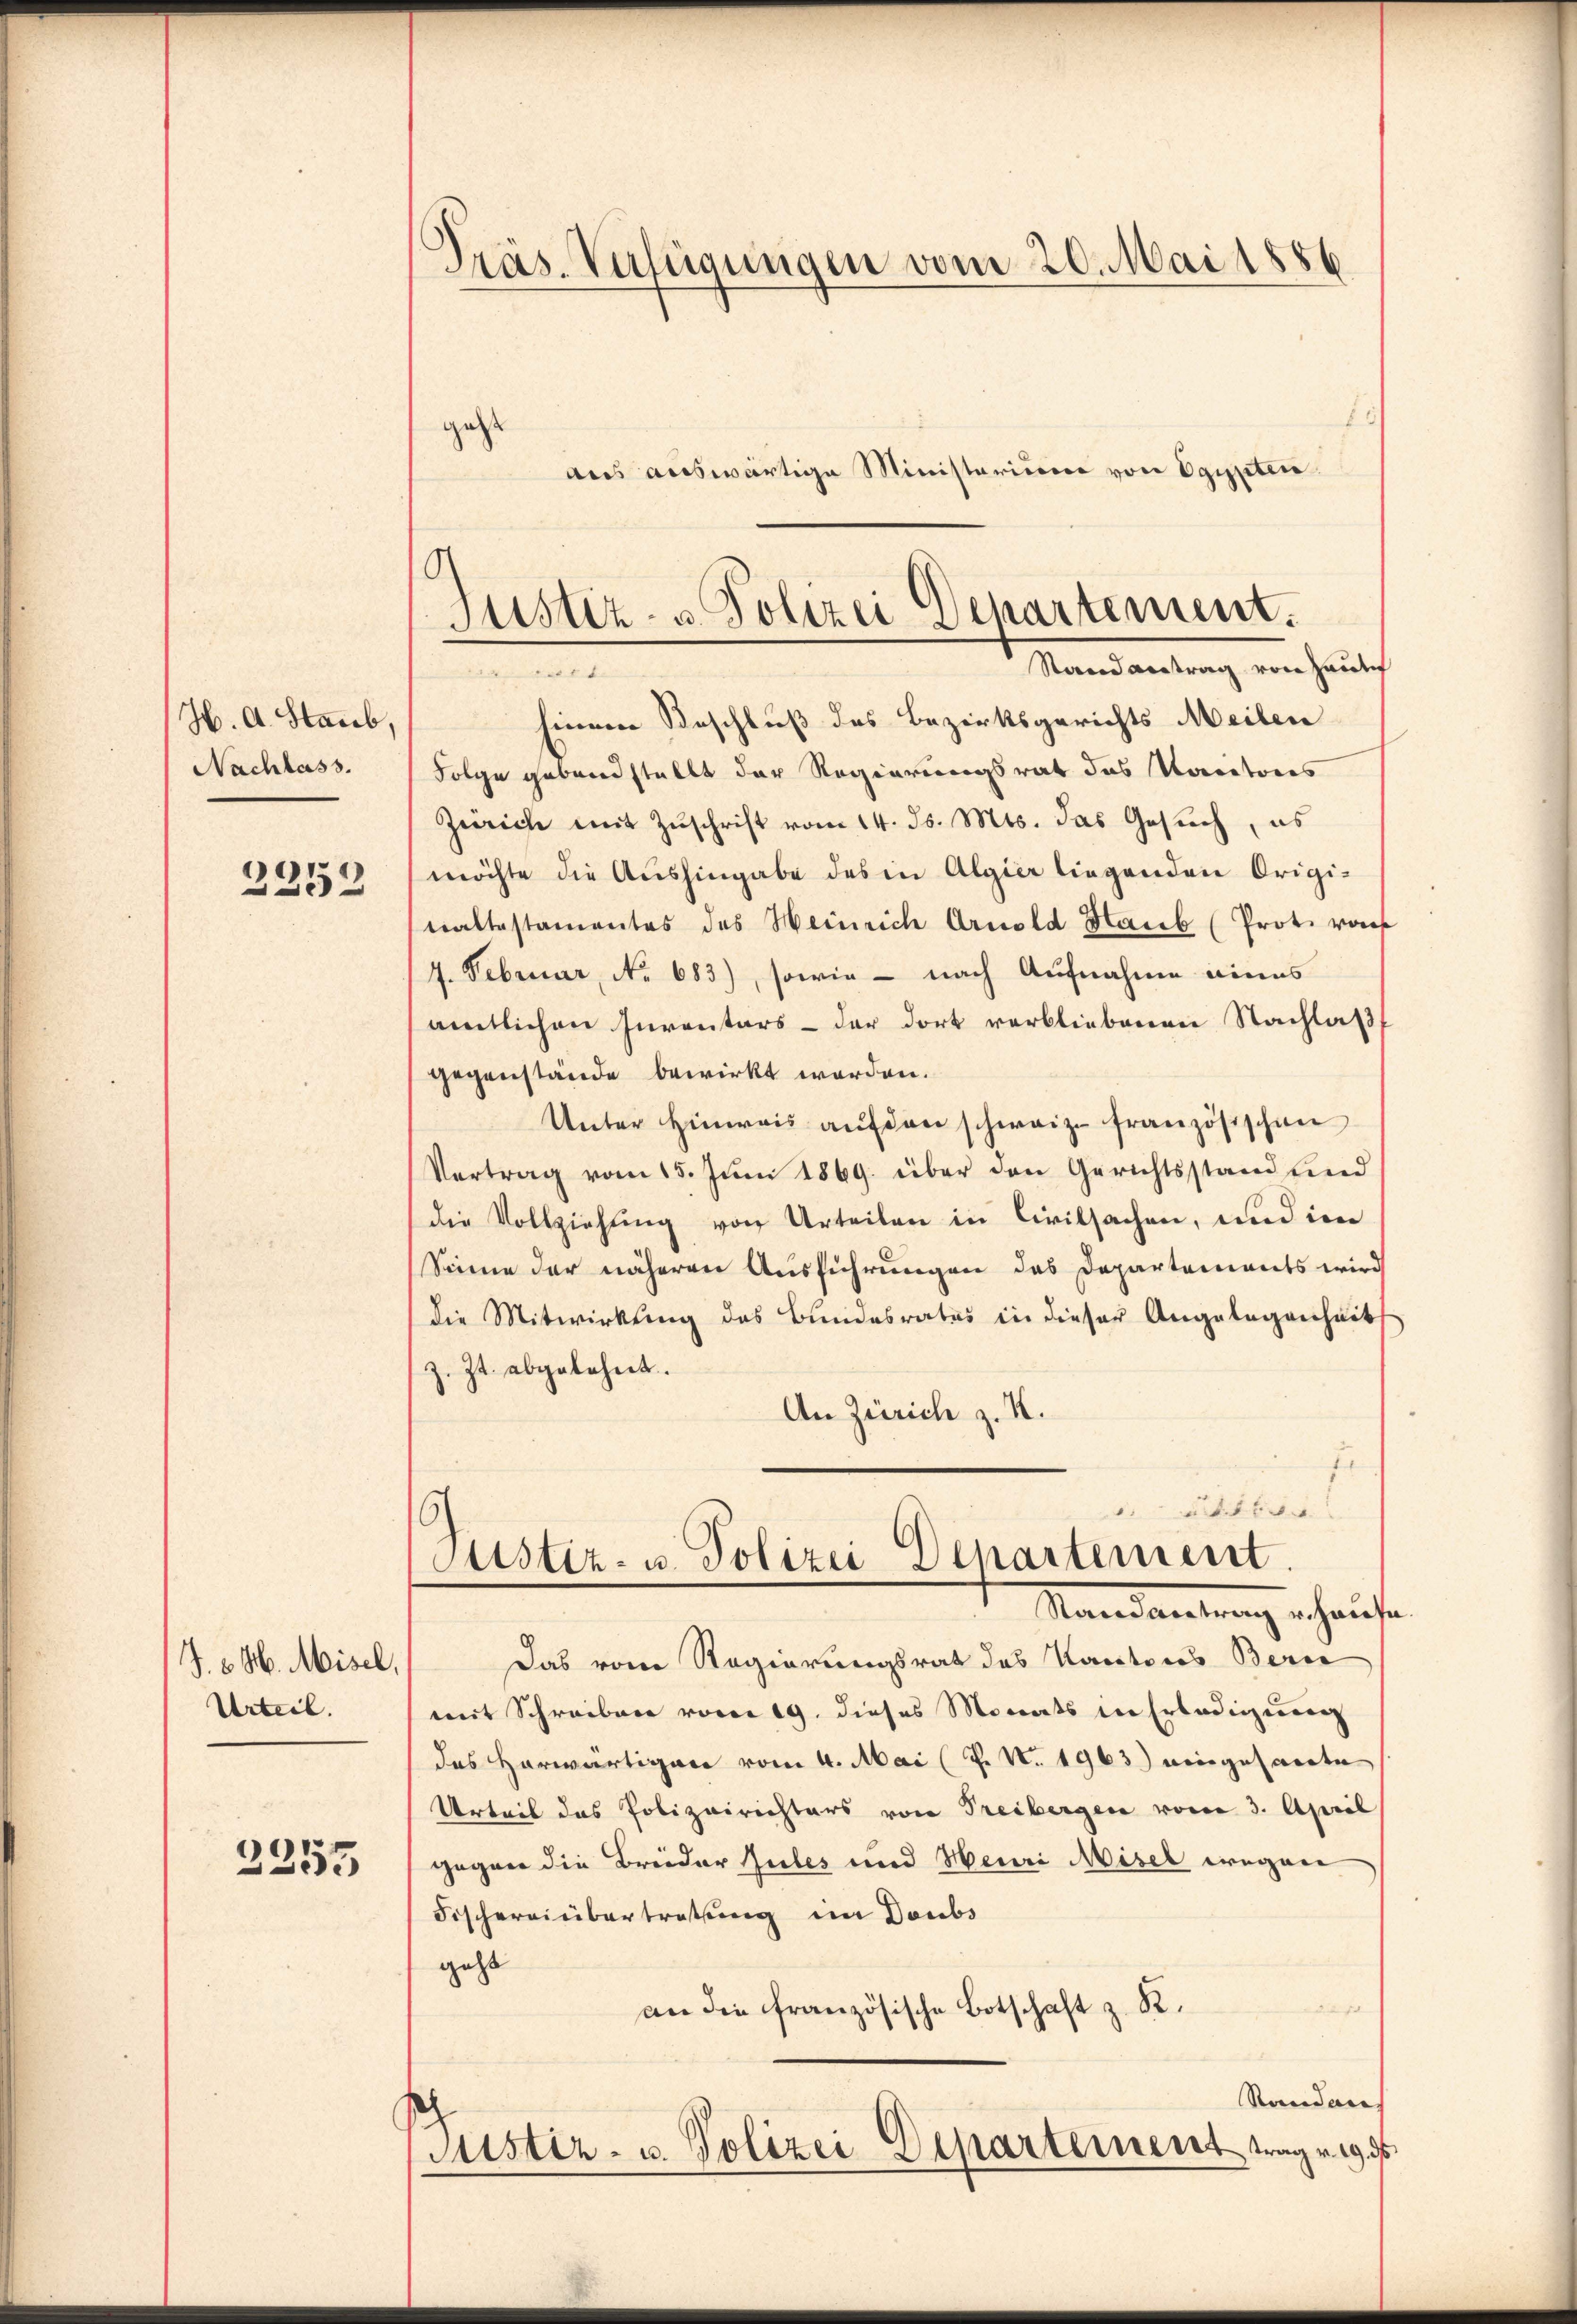
H. A. Staub,
Nachlass.

2353

J. v. M. Misel,
Urteil.

2355

Präs-Verfügungen vom 20. Mai 1886

Justiz- & Polizei Departement.
Stand antrag von Haute

geht
aus auswärtige Ministerium von Egypten.
hinein Beschluß des Bezirksgerichts Meilen
Folge geband stellt der Regierungsrat das Kantores
Zürich mit Zŭschrift vom 14. ds. Mts. das Gesŭch, es
möchte die Aushingabe des in Algier liegenden Origitaltestamentes des Heinrich Arnold Haub (Prot. vo
4. Februar, No 683), sowie - nach Aufnahme eines
amtlichen Inventars - der dort verbliebenen Nachlaß
gegenstände bewirkt worden.
Unter Hinweis aŭf den schweiz. französischen
Vertrag vom 15. Juni 1869. über den Gerichtsstand und
die Vollziehung von Urteilen in Civilsachen, und im
Sinne der näheren Ausführungen das Departements wird
die Mitwirkung des Bundesrates in dieser Angelegenheit
z. Zt. abgelehnt.
An Zürich z. K.
E
 41 xx
C
Justiz- u. Polizei Departement
Mandartung erhause
Das vom Regierungsrat des Kantons Bern
mit Schreiben vom 19. dieses Monats in Erledigŭng
des Herwärtigen vom 4. Mai (T. N. 1963) eingesarte
Urteit das Polizeirichters von Treibergen vom 3. April
gegen die Breider Gutes und Meuri Misel wegen
Fischereinbertretung im Doubs
geht
2
an die französische Botschaft z. R.
Randan
Pustiz- u. Polizei Departement, tägig ds